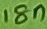
Text: 18n